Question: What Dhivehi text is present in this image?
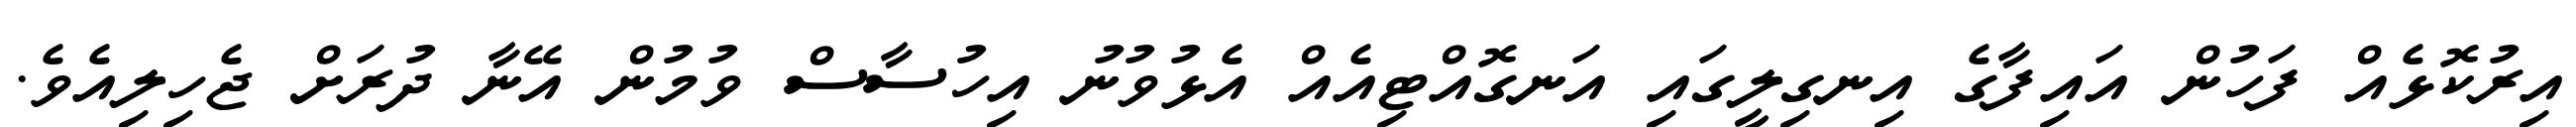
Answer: އިރުކޮޅެއް ފަހުން އައިފާގެ އިނގިލީގައި އަނގޮއްޓިއެއް އެޅުވުނު އިހުސާސް ވުމުން އޭނާ ދުރަށް ޖެހިލިއެވެ.